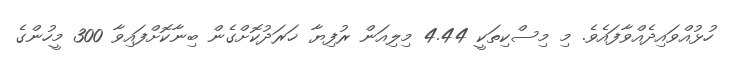
ހުޅުއްވައިދެއްވާފައެވެ. މި މިސްކިތަކީ 4.44 މިލިއަން ރުފިޔާ ޚަރަދުކޮށްގެން ބިނާކޮށްފައިވާ 300 މީހުންގެ